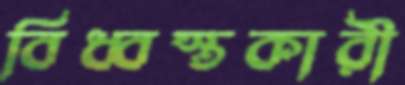
বিধ্বস্তকারী